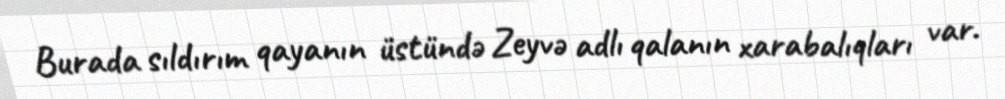
Burada sıldırım qayanın üstündə Zeyvə adlı qalanın xarabalıqları var.